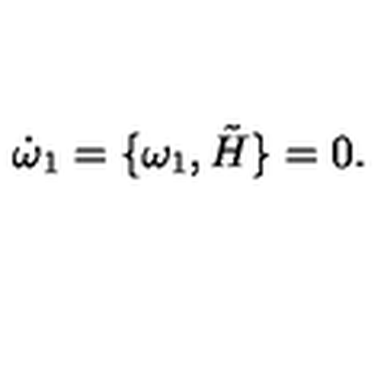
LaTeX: \dot { \omega } _ { 1 } = \lbrace \omega _ { 1 } , \tilde { H } \rbrace = 0 .